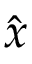
\hat { x }